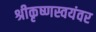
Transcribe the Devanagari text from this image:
श्रीकृष्णस्वयंवर